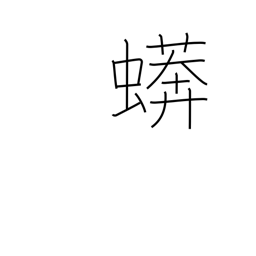
Meaning: boa constrictor